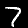
Label: 7